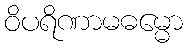
ဝိပရိဏာမဓမ္မော